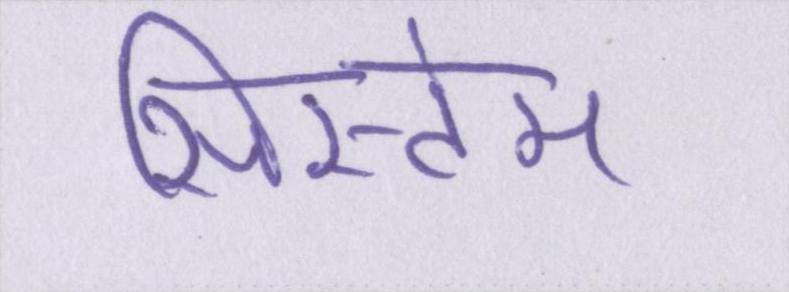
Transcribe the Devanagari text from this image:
सिस्टेम